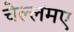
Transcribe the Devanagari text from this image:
चेल्लमए